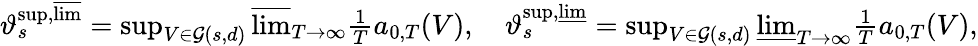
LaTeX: \begin{array}{r}{\vartheta_{s}^{\operatorname*{sup},\varlimsup}=\operatorname*{sup}_{V\in\mathcal{G}(s,d)}\varlimsup_{T\to\infty}\frac{1}{T}a_{0,T}(V),\quad\vartheta_{s}^{\operatorname*{sup},\varliminf}=\operatorname*{sup}_{V\in\mathcal{G}(s,d)}\varliminf_{T\to\infty}\frac{1}{T}a_{0,T}(V),}\end{array}